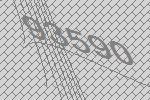
93590